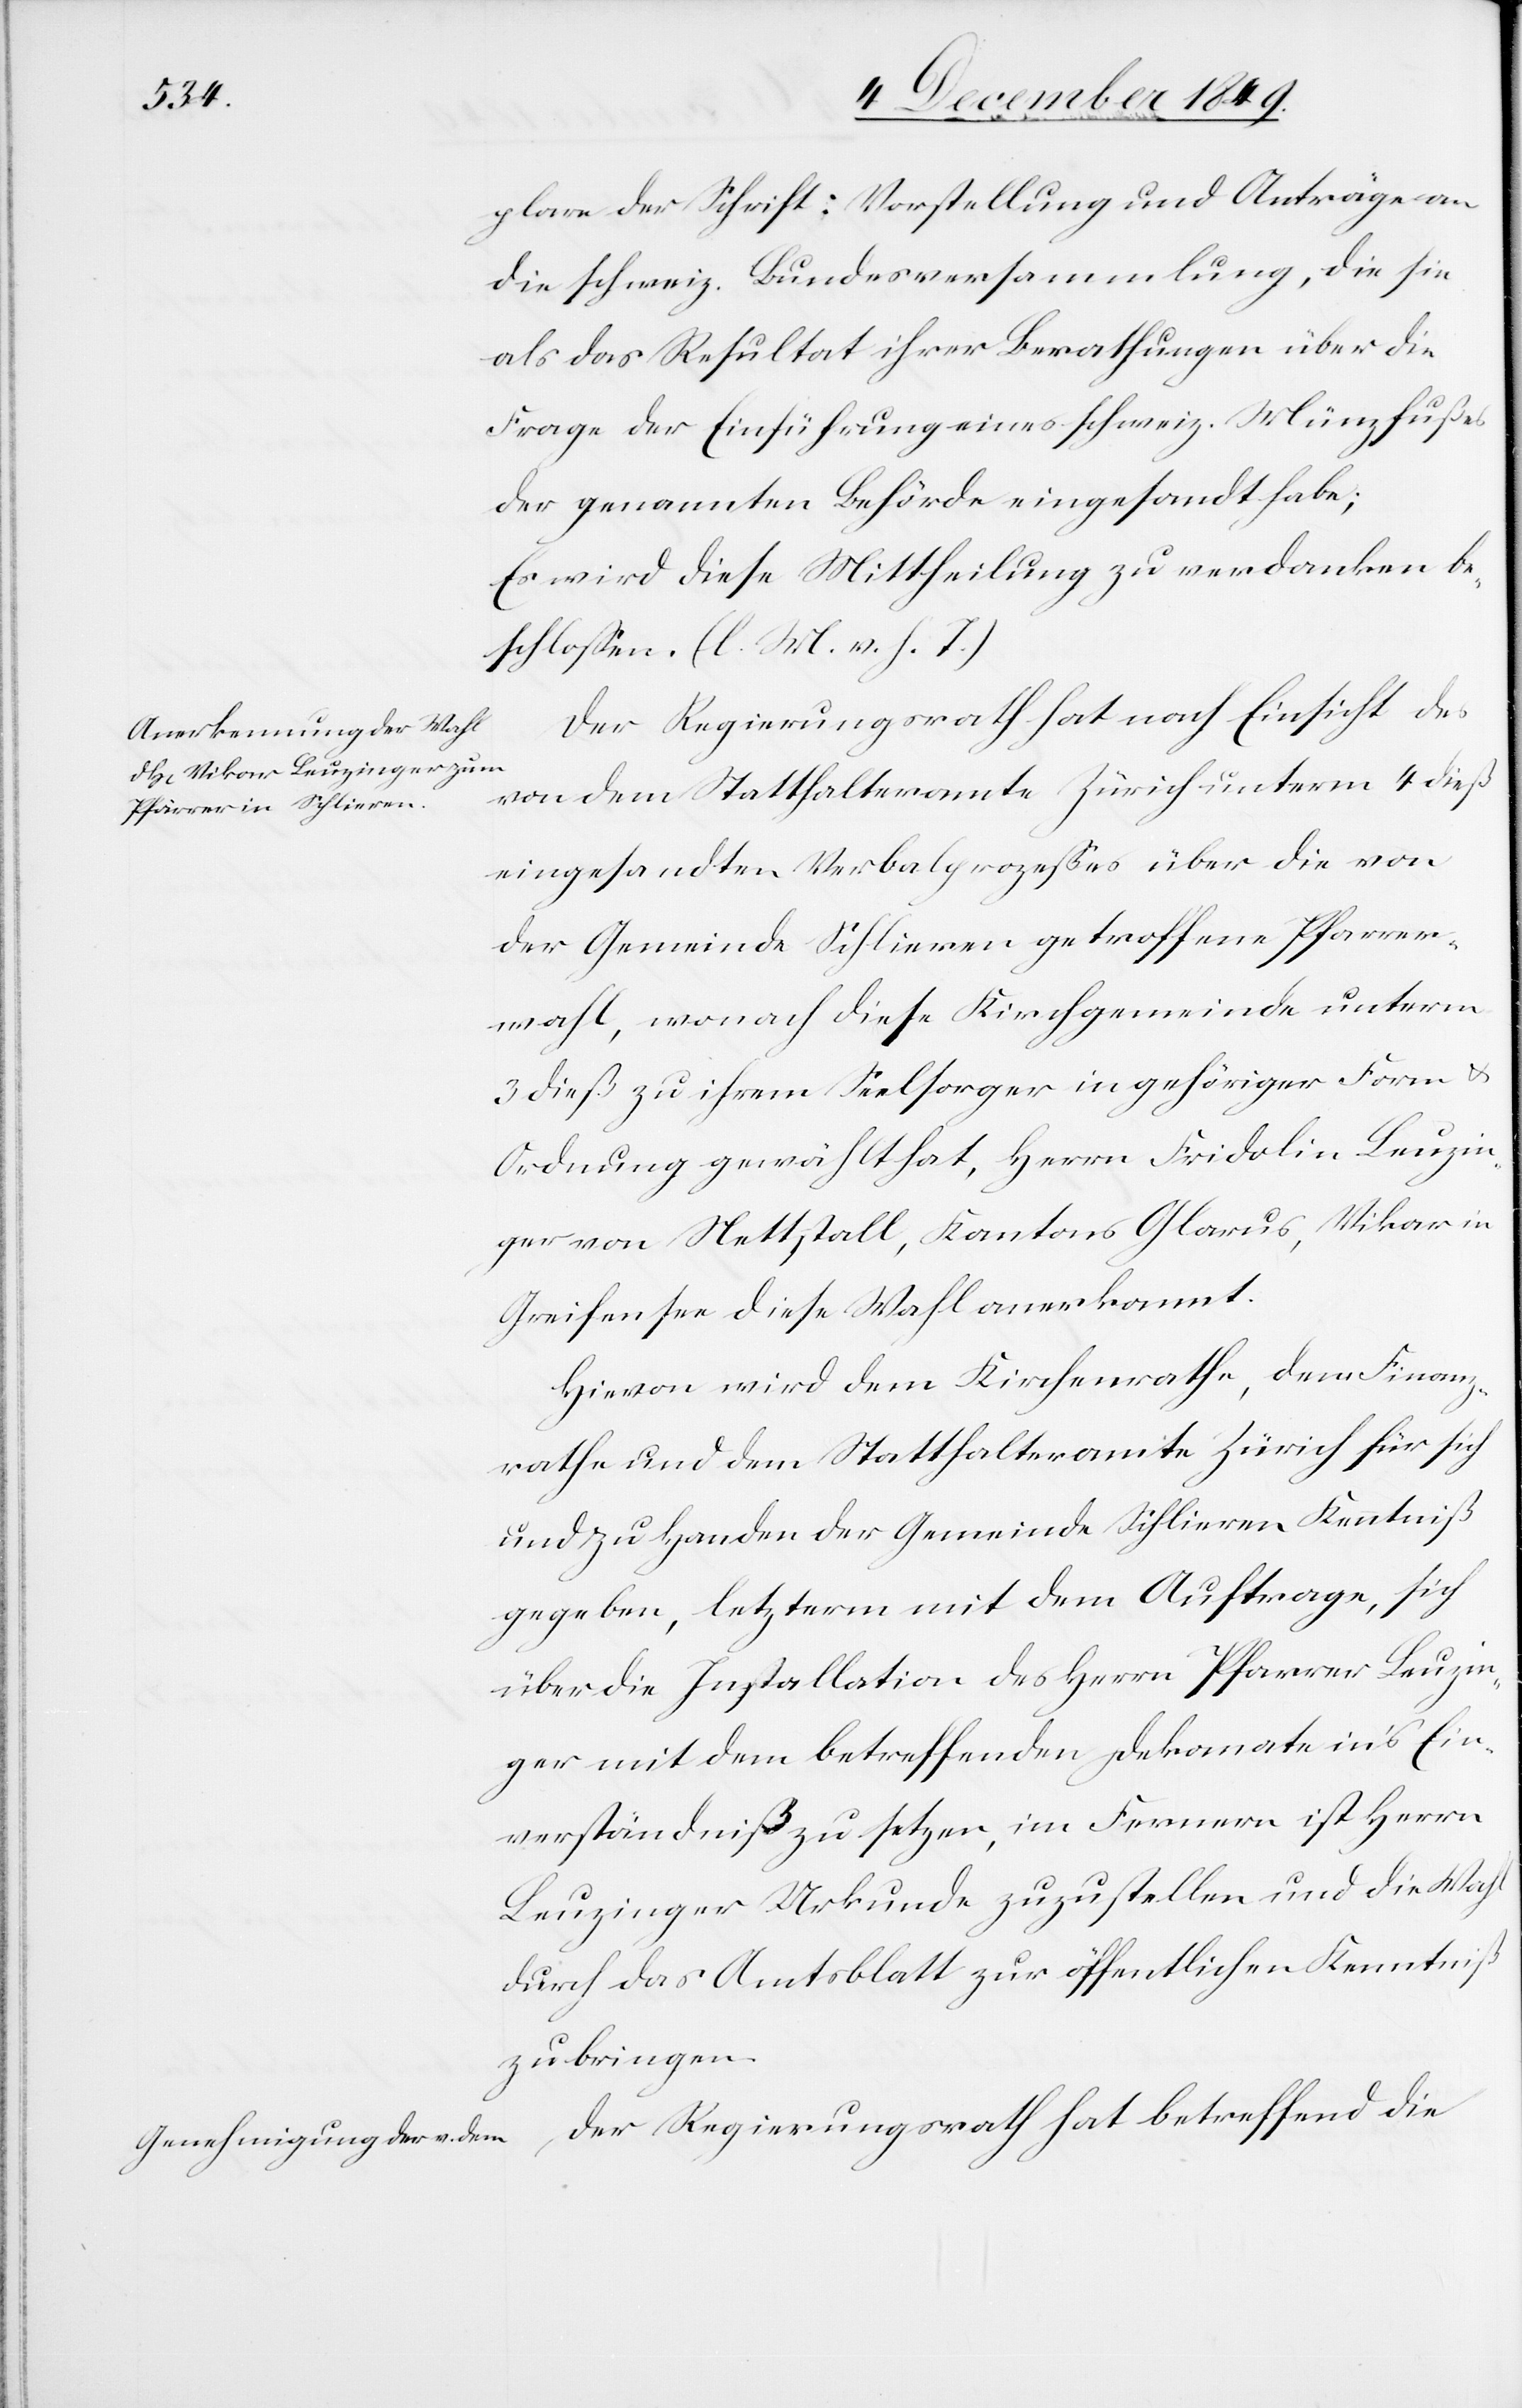
plare der Schrift: Vorstellung und Anträge an
die schweiz. Bundesversammlung, die sie
als das Resultat ihrer Berathungen über die
Frage der Einführung eines schweiz. Münzfußes
der genannten Behörde eingesandt habe;
Es wird diese Mittheilung zu verdanken be¬
schloßen. [l. M. v. h. T]
Der Regierungsrath hat nach Einsicht des
von dem Statthalteramte Zürich unterm 4 dieß
eingesandten Verbalprozeßes über die von
der Gemeinde Schlieren getroffene Pfarrer¬
wahl, wonach diese Kirchgemeinde unterm
3 dieß zu ihrem Seelsorger in gehöriger Form u.
Ordnung gewählt hat, Herrn Fridolin Lenzin¬
ger von Nettstall, Kantons Glarus, Vikar in
Greifensee diese Wahl anerkannt.
Hievon wird dem Kirchenrathe, dem Finanz¬
rathe und dem Statthalteramte Zürich für sich
und zu Handen der Gemeinde Schlieren Kenntniß
gegeben, letzterm mit dem Auftrage, sich
über die Installation des Herrn Pfarrer Lenzin¬
ger mit dem betreffenden Dekanate in’s Ein¬
verständniß zu setzen, im Fernern ist Herrn
Lenzinger Urkunde zuzustellen und die Wahl
durch das Amtsblatt zur öffentlichen Kenntniß
zu bringen.
Der Regierungsrath hat betreffend die